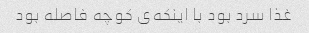
غذا سرد بود با اینکه‌ی کوچه فاصله بود